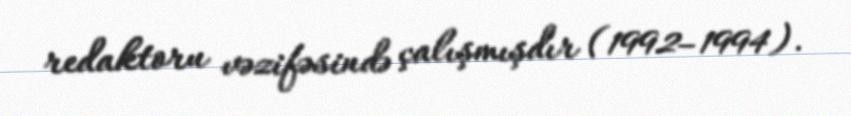
redaktoru vəzifəsində çalışmışdır (1992–1994).